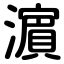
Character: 濵